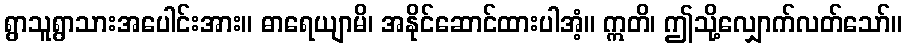
ရွာသူရွာသားအပေါင်းအား။ ဓာရေယျာမိ၊ အနိုင်ဆောင်ထားပါအံ့။ ဣတိ၊ ဤသို့လျှောက်လတ်သော်။